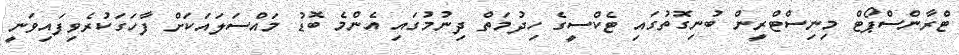
ޓްރާންސްޕޯޓް މިނިސްޓްރީން ބުނިގޮތުގައި ޓެކްސީގެ ހިދުމަތް ދިނުމުގައި އެންމެ ބޮޑު މައްސަލައަކަށް ފާހަގަކުރެވިފައިވަނީ